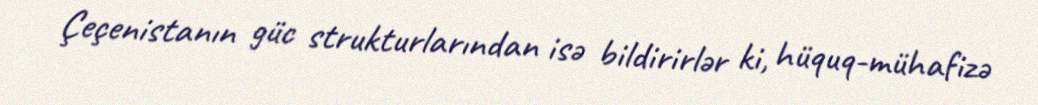
Çeçenistanın güc strukturlarından isə bildirirlər ki, hüquq-mühafizə